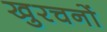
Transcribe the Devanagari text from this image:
खुरचनों